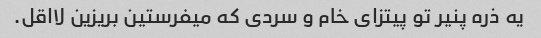
یه ذره پنیر تو پیتزای خام و سردی که میفرستین بریزین لااقل.